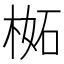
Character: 𣔧